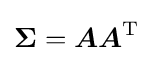
{\boldsymbol {\Sigma }}={\boldsymbol {A}}{\boldsymbol {A}}^{\mathrm {T} }